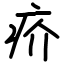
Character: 疥